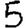
Digit: 5